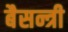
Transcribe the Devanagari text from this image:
बैसन्त्री